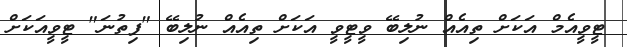
ޓީވީއެމް އަކަށް ތިއެއް ނުލިބޭ ވީޓީވީ އަކަށް ތިއެއް ނުލިބޭ "ފިތުނަ" ޓީވީއަކަށް